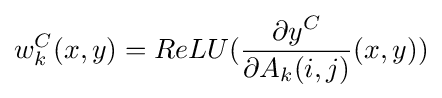
w_{k}^{C}(x,y)=ReLU({\frac {\partial y^{C}}{\partial A_{k}(i,j)}}(x,y))